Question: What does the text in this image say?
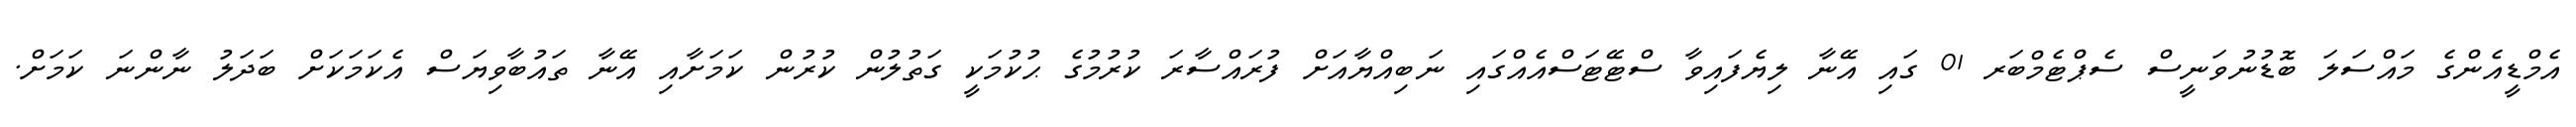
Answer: އެމްޑީއެންގެ މައްސަލަ ބޮޑުނުވަނީސް ސެޕްޓެމްބަރ 01 ގައި އޭނާ ލިޔެފައިވާ ސްޓޭޓަސްއެއްގައި ނަބިއްޔާއަށް ފުރައްސާރަ ކުރުމުގެ ޙުކުމަކީ ގަތުލުން ކުރުން ކަމަށާއި އޭނާ ތައުބާވިޔަސް އެކަމަކަށް ބަދަލު ނާންނަ ކަމަށް.